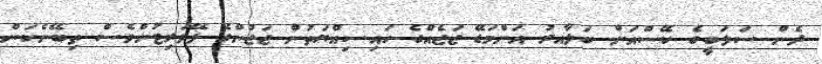
ދެން ސަލަބީގެ ކޭސްއަށް ބަލާއރު އަންމަޑޭ ޖަޖެއްގެ ހައިސިއްޔަތުން ޖަޖުންގެ ފޭވަރިޓުންވެސް ތިބޭނެކަން